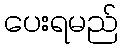
ပေးရမည်